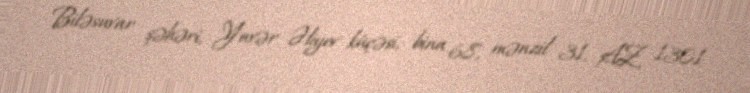
Biləsuvar şəhəri, Yavər Əliyev küçəsi, bina 68, mənzil 31, AZ 1301